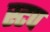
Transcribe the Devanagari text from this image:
स्टप